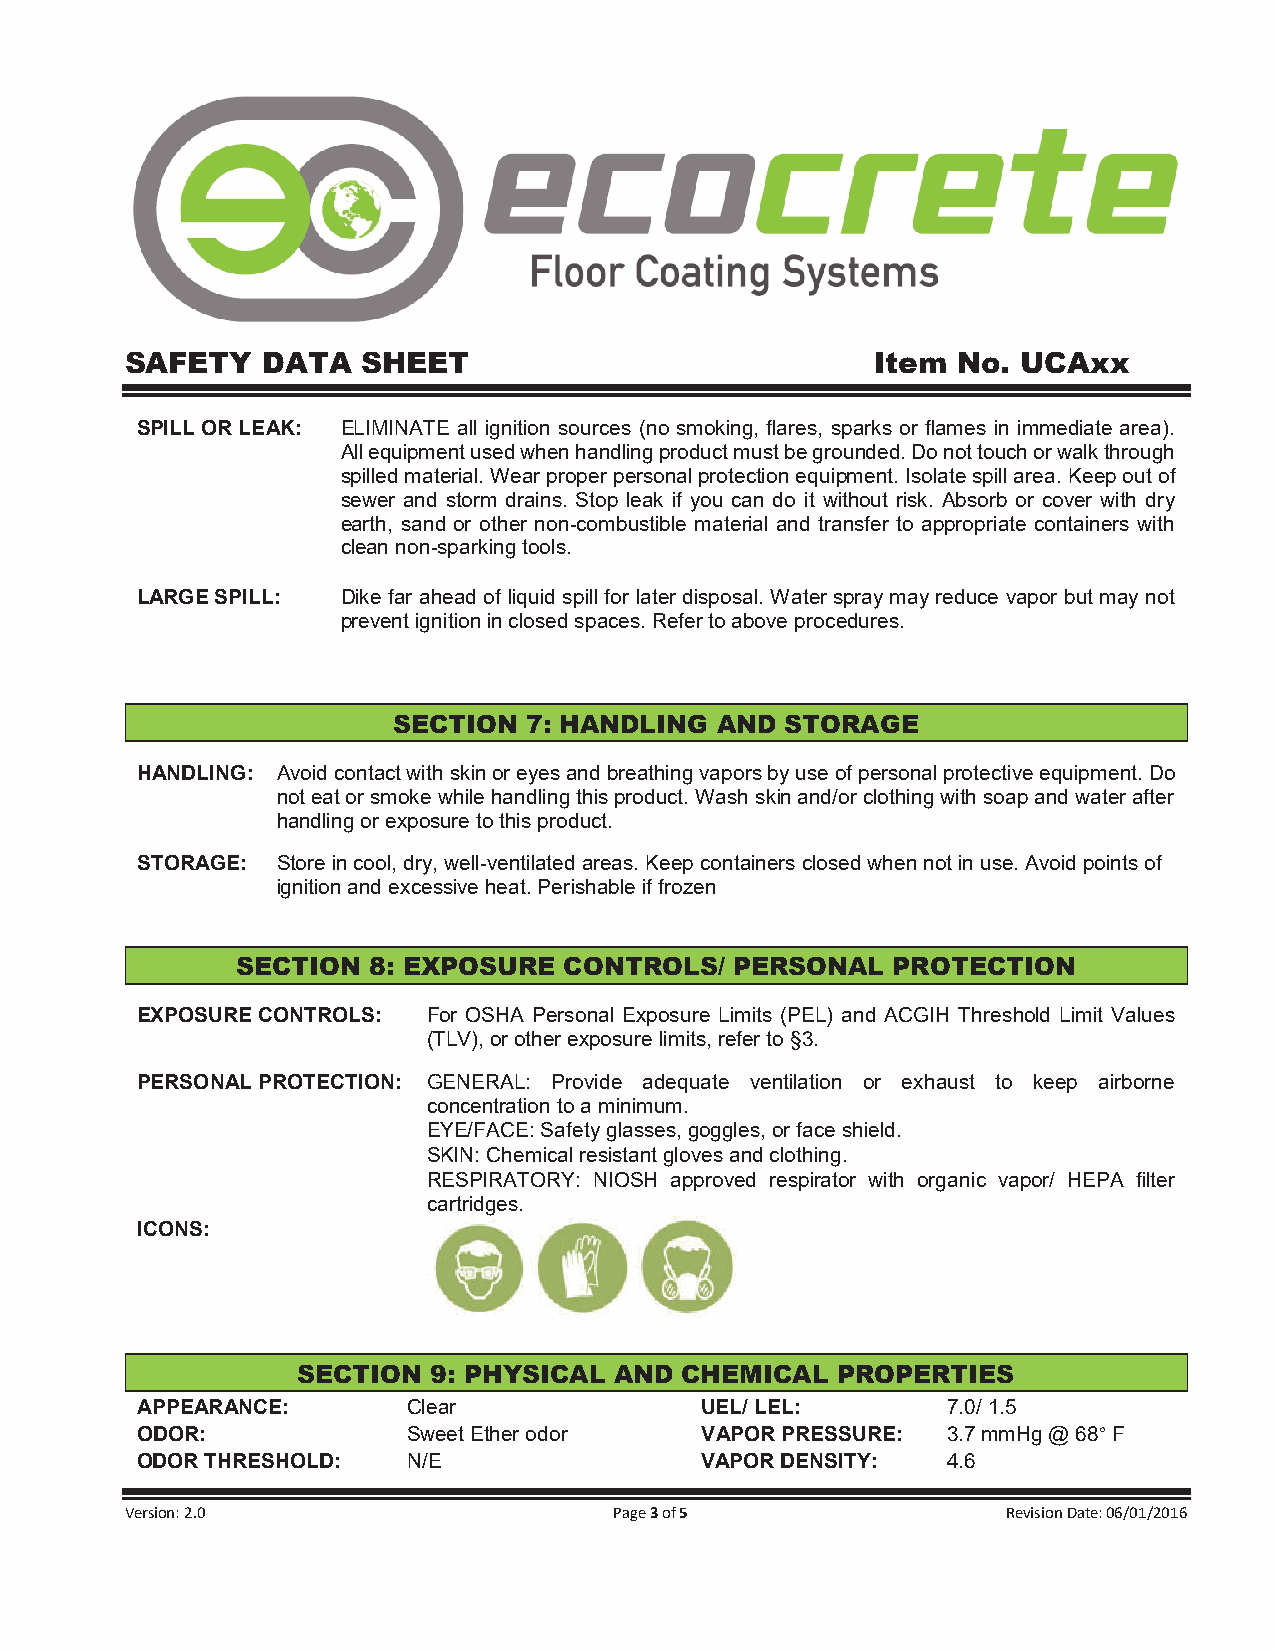
SAFETY   DATA   SHEET                             Item No.  UCAxx
 SPILL OR LEAK: ELIMINATE all ignition sources (no smoking, flares, sparks or flames in immediate area).
 All equipment used when handling product must be grounded. Do not touch or walk through
 spilled material. Wear proper personal protection equipment. Isolate spill area. Keep out of
 sewer and storm drains. Stop leak if you can do it without risk. Absorb or cover with dry
 earth, sand or other non-combustible material and transfer to appropriate containers with
 clean non-sparking tools.
 LARGE SPILL:  Dike far ahead of liquid spill for later disposal. Water spray may reduce vapor but may not
 prevent ignition in closed spaces. Refer to above procedures.
 SECTION  7: HANDLING AND  STORAGE
 HANDLING: Avoid contact with skin or eyes and breathing vapors by use of personal protective equipment. Do
 not eat or smoke while handling this product. Wash skin and/or clothing with soap and water after
 handling or exposure to this product.
 STORAGE: Store in cool, dry, well-ventilated areas. Keep containers closed when not in use. Avoid points of
 ignition and excessive heat. Perishable if frozen
 SECTION 8: EXPOSURE  CONTROLS/   PERSONAL  PROTECTION
 EXPOSURE CONTROLS: For OSHA Personal Exposure Limits (PEL) and ACGIH Threshold Limit Values
 (TLV), or other exposure limits, refer to §3.
 PERSONAL PROTECTION: GENERAL: Provide adequate ventilation or exhaust to keep airborne
 concentration to a minimum.
 EYE/FACE: Safety glasses, goggles, or face shield.
 SKIN: Chemical resistant gloves and clothing.
 RESPIRATORY: NIOSH approved respirator with organic vapor/ HEPA filter
 cartridges.
 ICONS:
 SECTION 9: PHYSICAL  AND CHEMICAL  PROPERTIES
 APPEARANCE:       Clear              UEL/ LEL:        7.0/ 1.5
 ODOR:             Sweet Ether odor   VAPOR PRESSURE:  3.7 mmHg @ 68° F
 ODOR THRESHOLD:   N/E                VAPOR DENSITY:   4.6
 Version: 2.0                     Page 3 of 5               Revision Date: 06/01/2016